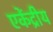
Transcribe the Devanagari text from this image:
एकेंद्रीय